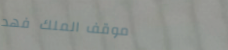
موقف الملك فهد